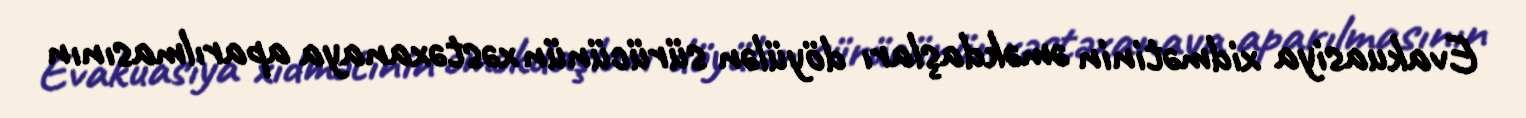
Evakuasiya xidmətinin əməkdaşları döyülən sürücünün xəstəxanaya aparılmasının